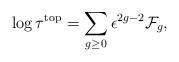
LaTeX: \begin{align*}\log\tau^{\mathrm{top}}=\sum_{g \geq 0}\epsilon^{2g-2}\mathcal{F}_g,\end{align*}